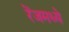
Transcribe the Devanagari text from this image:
रेंजमध्ये